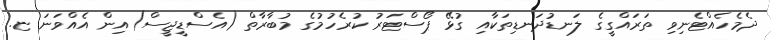
ދެމެހެއްޓެނިވި ތަރައްގީގެ ލަނޑުދަނޑިތަކާއި ގުޅޭ ޕޯސްޓަރު ކުރެހުމުގެ މުބާރާތް (އެސްޑީޖީސް)އިން އެއްވަނަ ޏ.